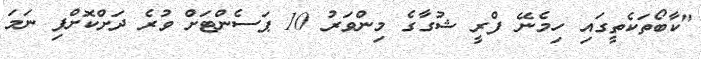
"ކާބޯތަކެތީގައި ހިމެނޭ ފްރީ ޝުގާގެ މިންވަރު 10 ޕަސެންޓަށް ވުރެ ދަށްކޮށްފި ނަމަ